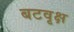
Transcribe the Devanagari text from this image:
बटवृक्ष